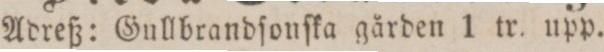
Adreß: Gullbrandſonſka gården 1 tr. upp.